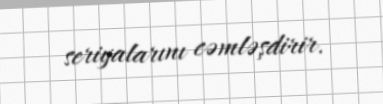
seriyalarını cəmləşdirir.